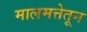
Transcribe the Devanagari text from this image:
मालमत्तेतून